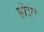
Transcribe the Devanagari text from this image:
होइंग